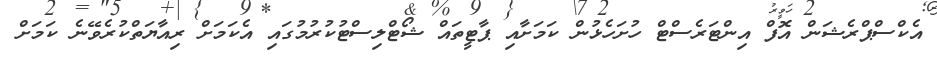
އެކްސްޕްރެޝަން އޮފް އިންޓަރެސްޓް ހުށަހެޅުން ކަމަށާއި ޕާޓީތައް ޝޯޓްލިސްޓުކުރުމުގައި އެކަމަށް ރިއާޔަތްކުރެވޭނެ ކަމަށް